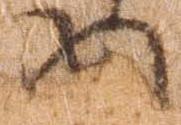
内